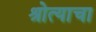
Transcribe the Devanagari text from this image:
श्रोत्याचा